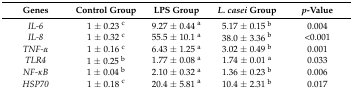
| Genes | Control Group | LPS Group | L. casei Group | p-Value |
 | --- | --- | --- | --- | --- |
 | IL-6 | 1 ± 0.23 c | 9.27 ± 0.44 a | 5.17 ± 0.15 b | 0.004 |
 | IL-8 | 1 ± 0.32 c | 55.5 ± 10.1 a | 38.0 ± 3.36 b | <0.001 |
 | TNF-α | 1 ± 0.16 c | 6.43 ± 1.25 a | 3.02 ± 0.49 b | 0.001 |
 | TLR4 | 1 ± 0.25 b | 1.77 ± 0.08 a | 1.74 ± 0.01 a | 0.033 |
 | NF-κB | 1 ± 0.04 b | 2.10 ± 0.32 a | 1.36 ± 0.23 b | 0.006 |
 | HSP70 | 1 ± 0.18 c | 20.4 ± 5.81 a | 10.4 ± 2.31 b | 0.017 |